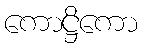
ကောဋ္ဌိကော